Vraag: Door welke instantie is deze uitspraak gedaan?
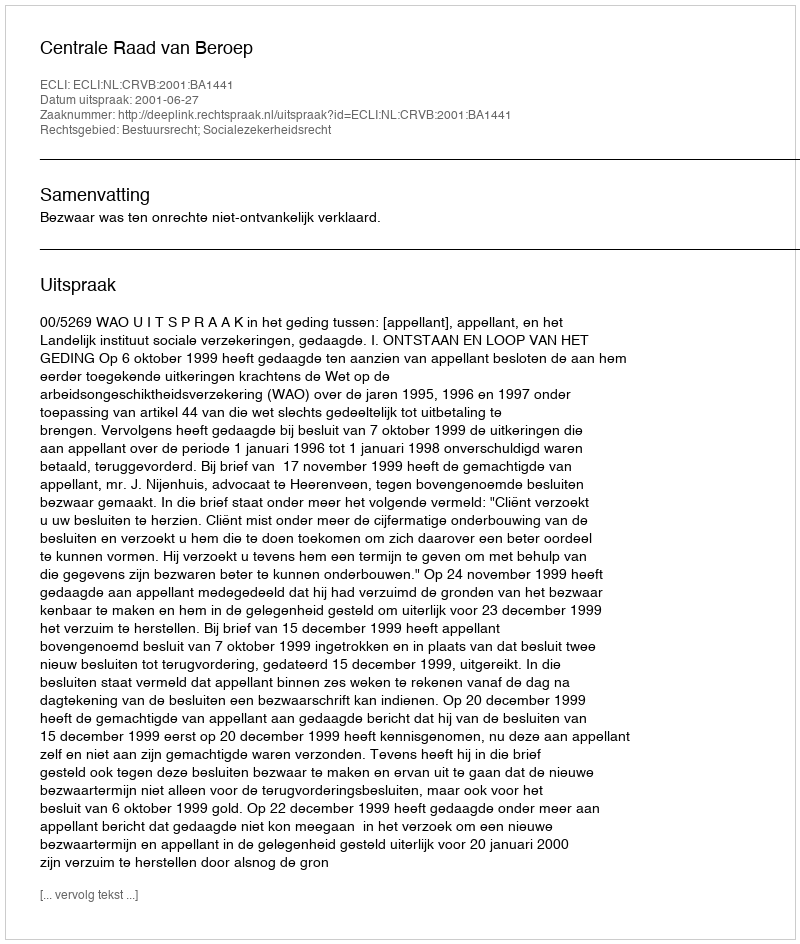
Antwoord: Centrale Raad van Beroep